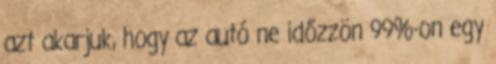
azt akarjuk, hogy az autó ne időzzön 99%-on egy